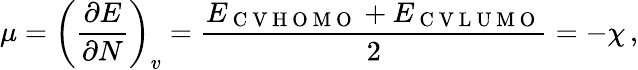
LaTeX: \mu=\left(\frac{\partial E}{\partial N}\right)_{v}=\frac{E_{\mathrm{~C~V~H~O~M~O~}}+E_{\mathrm{~C~V~L~U~M~O~}}}{2}=-\chi\, ,